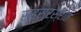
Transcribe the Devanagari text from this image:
सहस्रस्रोत